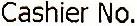
CASHIER NO.